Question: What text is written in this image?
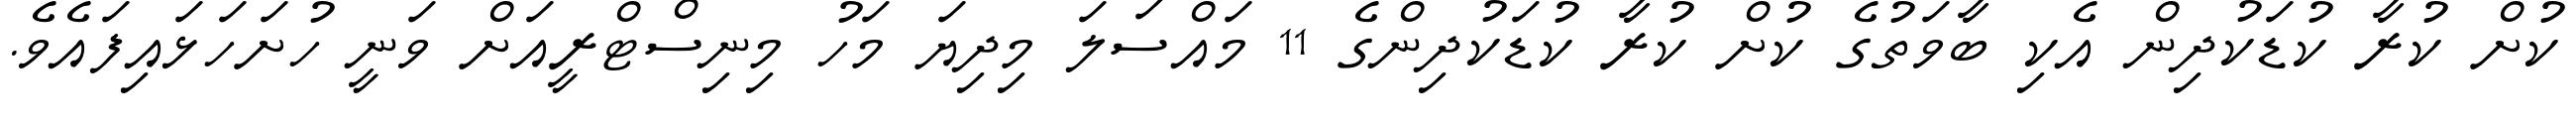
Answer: ކުށް ކުރާ ކުޑަކުދިން އެކި ބާވަތުގެ ކުށް ކުރާ ކުޑަކުދިންގެ 11 މައްސަލަ މިދިޔަ މަހު މިނިސްޓްރީއަށް ވަނީ ހުށަހަޅައިފައެވެ.